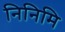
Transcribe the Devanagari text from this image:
निनिमि